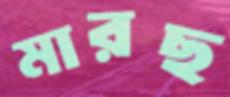
মারছ